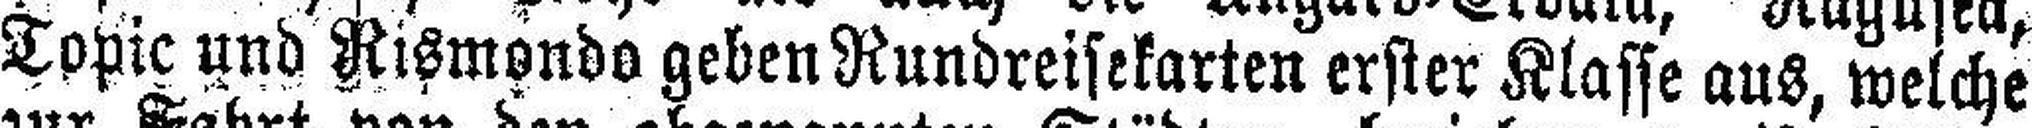
Topic und Raimonde geben Rundreisekarten erster Klaffe aus, welche